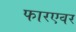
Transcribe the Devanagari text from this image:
फारएवर